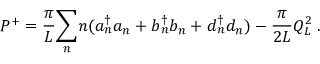
P ^ { + } = { \frac { \pi } { L } } { \sum _ { n } } n ( a { _ n ^ { \dagger } } a _ { n } + b { _ n ^ { \dagger } } b _ { n } + d { _ n ^ { \dagger } } d _ { n } ) - { \frac { \pi } { 2 L } } Q _ { L } ^ { 2 } \; .